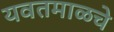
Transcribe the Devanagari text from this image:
यवतमाळचे